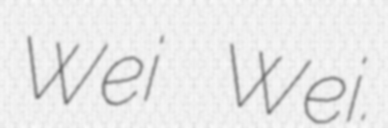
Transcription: Wei Wei.